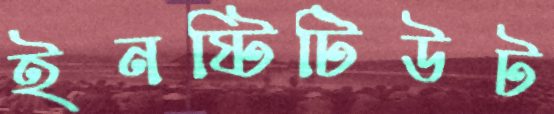
ইনষ্টিটিউট